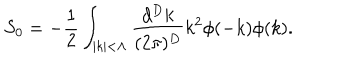
LaTeX: S _ { 0 } = - \frac { 1 } { 2 } \int _ { | k | < \Lambda } \frac { d ^ { D } k } { ( 2 \pi ) ^ { D } } k ^ { 2 } \phi ( - k ) \phi ( k ) .